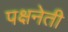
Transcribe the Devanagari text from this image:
पक्षनेती